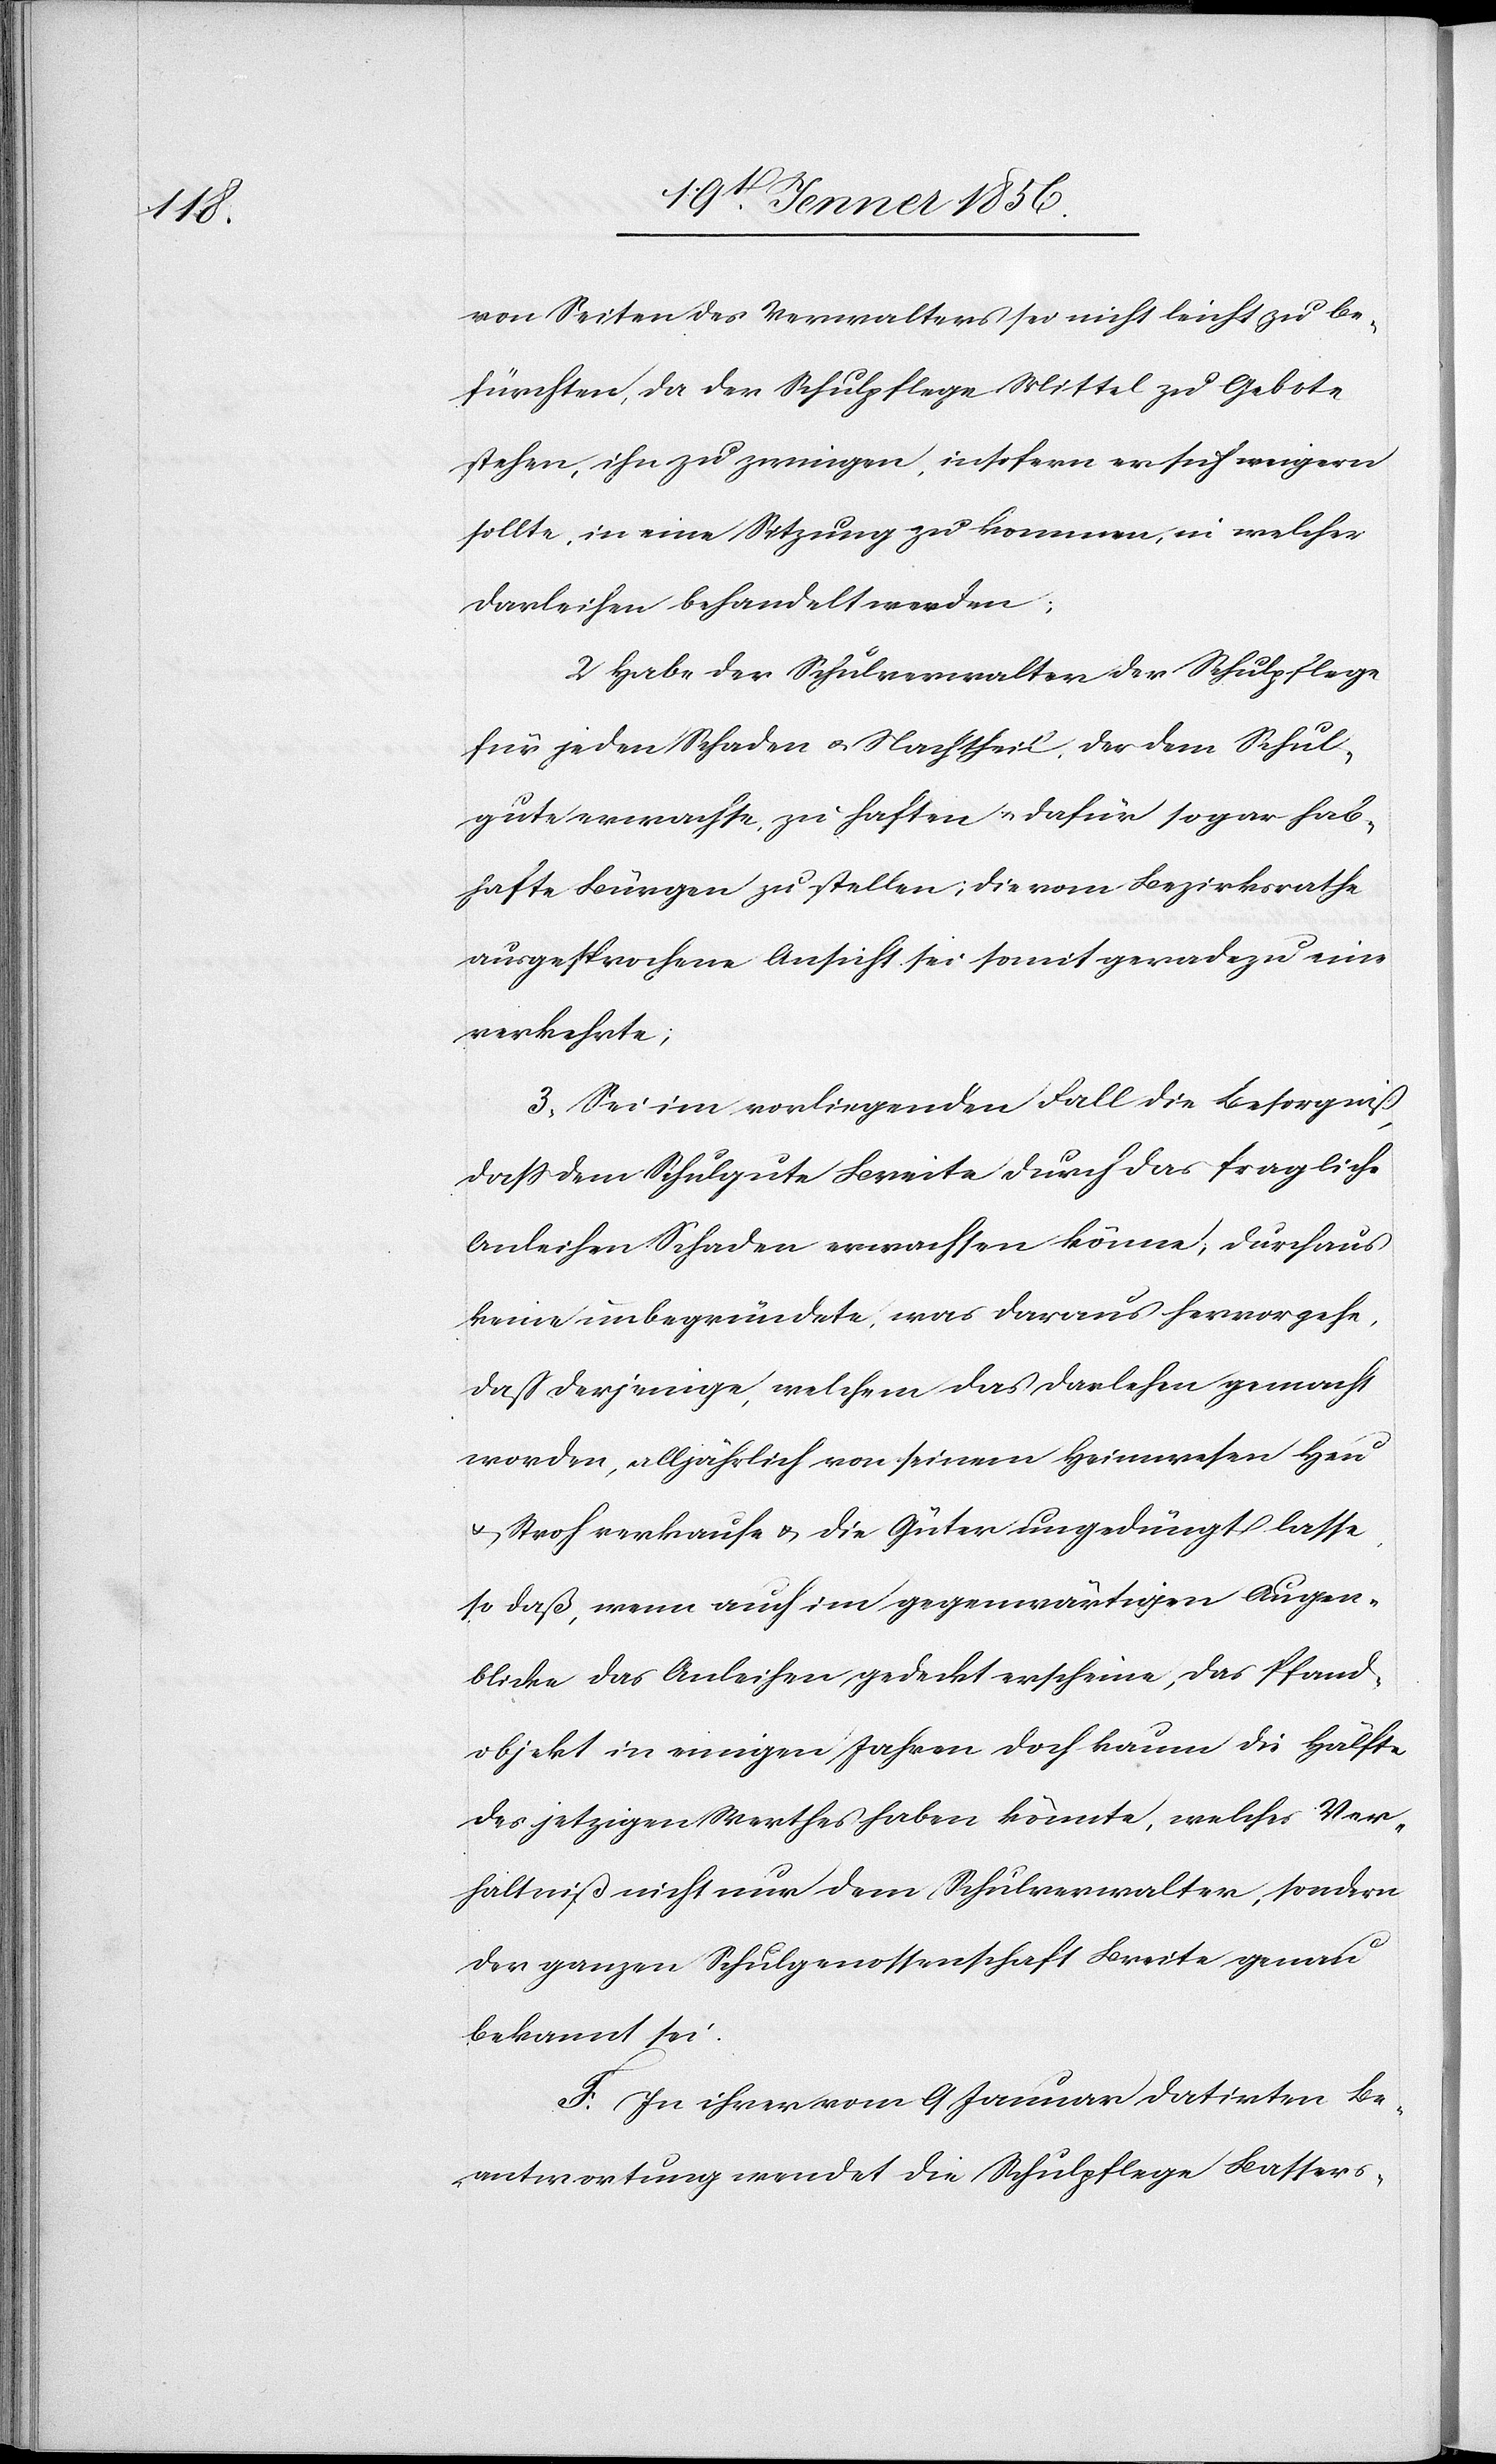
von Seiten des Verwalters sei nicht leicht zu be¬
fürchten, da der Schulpflege Mittel zu Gebote
stehen, ihn zu zwingen, insofern er sich weigern
sollte, in eine Sitzung zu kommen, in welcher
Darleihen behandelt werden;
2 Habe der Schulverwalter der Schulpflege
für jeden Schaden u. Nachtheil, der dem Schul¬
gute erwachse, zu haften u. dafür sogar hab¬
hafte Bürgen zu stellen; die vom Bezirksrathe
ausgesprochene Ansicht sei somit geradezu eine
verkehrte;
3., Sei im vorliegenden Fall die Besorgniß,
dass dem Schulgute Breite durch das fragliche
Anleihen Schaden erwachsen könne, durchaus
keine unbegründete, was daraus hervorgehe,
daß derjenige, welchem das Darlehen gemacht
worden, alljährlich von seinem Heimwesen Heu
u. Stroh verkaufe u. die Güter ungedüngt lasse,
so daß, wenn auch im gegenwärtigen Augen¬
blicke das Anleihen gedeckt erscheine, das Pfand¬
objekt in einigen Jahren doch kaum die Hälfte
des jetzigen Werthes haben könnte, welches Ver¬
haltniß nicht nur dem Schulverwalter, sondern
der ganzen Schulgenossenschaft Breite genau
bekannt sei.
F. In ihrer vom 9 Januar datirten Be¬
antwortung wendet die Schulpflege Bassers-